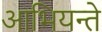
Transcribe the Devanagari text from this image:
आभियन्ते